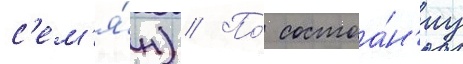
с'ем'я́н) // По́ состоа́н'иу